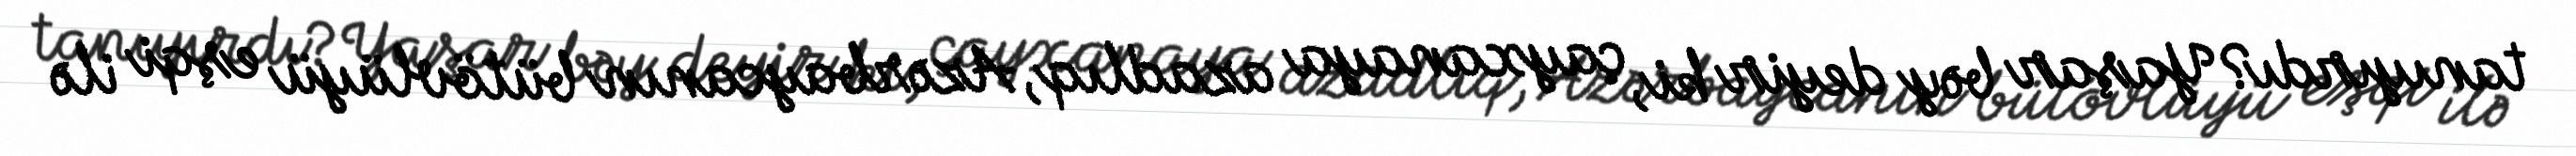
tanıyırdı?Yaşar bəy deyir ki, çayxanaya azadlıq, Azərbaycanın bütövlüyü eşqi ilə